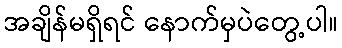
အချိန်မရှိရင် နောက်မှပဲတွေ့ပါ။